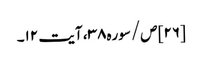
[۲۶] ص/سوره۳۸، آیت ۱۲۔